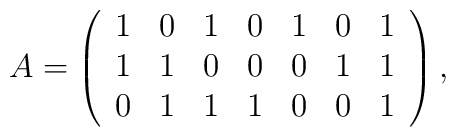
A=\left( \begin{array}{ccccccc}1 & 0 & 1 & 0 & 1 & 0 & 1 \\ 1 & 1 & 0 & 0 & 0 & 1 & 1 \\ 0 & 1 & 1 & 1 & 0 & 0 & 1\end{array}\right) ,